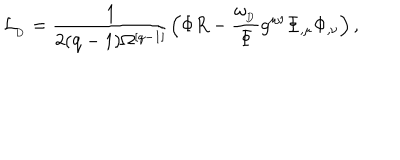
{ \cal L } _ { _ \mathrm { D } } = { \frac { 1 } { 2 ( \mathrm { q - 1 } ) \Omega ^ { [ q - 1 ] } } } \Big ( \Phi R - { \frac { \omega _ { _ \mathrm { D } } } { \Phi } } g ^ { \mu \nu } \Phi _ { , \mu } \Phi _ { , \nu } \Big ) \, ,